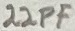
Text: 22pF